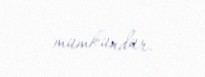
mümkündür.